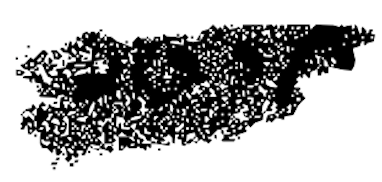
Text: Poor
Cross-out: scratch
Writing tool: digital_black